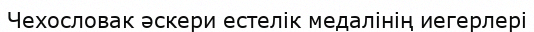
Чехословак әскери естелік медалінің иегерлері